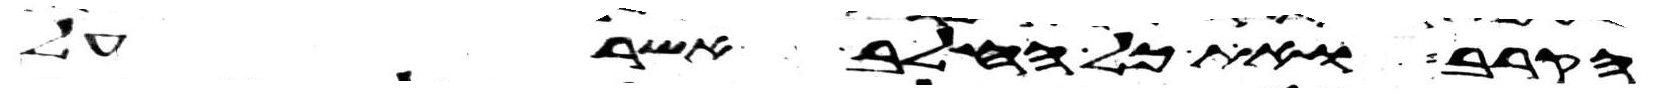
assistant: הקרב ואת כל החלב אשר על